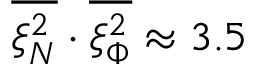
\overline { { \xi _ { N } ^ { 2 } } } \cdot \overline { { \xi _ { \Phi } ^ { 2 } } } \approx 3 . 5